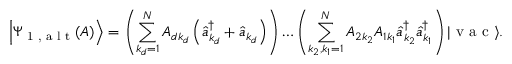
\left| \Psi _ { \textrm { 1 , a l t } } ( A ) \right\rangle = \left( \sum _ { k _ { d } = 1 } ^ { N } A _ { d k _ { d } } \left( \hat { a } _ { k _ { d } } ^ { \dagger } + \hat { a } _ { k _ { d } } \right) \right) \ldots \left( \sum _ { k _ { 2 } , k _ { 1 } = 1 } ^ { N } A _ { 2 k _ { 2 } } A _ { 1 k _ { 1 } } \hat { a } _ { k _ { 2 } } ^ { \dagger } \hat { a } _ { k _ { 1 } } ^ { \dagger } \right) | \textrm { v a c } \rangle .